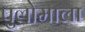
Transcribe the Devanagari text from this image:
पुलोमाला